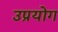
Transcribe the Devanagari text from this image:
उप्रयोग